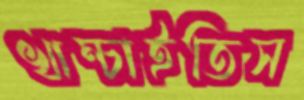
খাম্‌চাইতিস